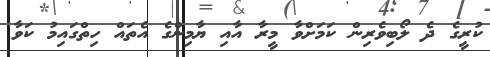
ކުރީގެ ދެ ލޯބިވެރިން ކަމަށްވާ މީރާ އާއި ޔާމިންގެ އެތައް ހިތްގައިމު ކަވާ